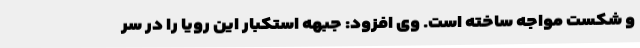
و شکست مواجه ساخته است. وی افزود: جبهه استکبار این رویا را در سر